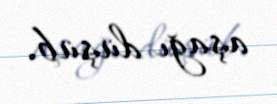
aşağı düşüb.